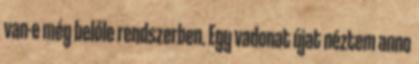
van-e még belőle rendszerben. Egy vadonat újat néztem anno